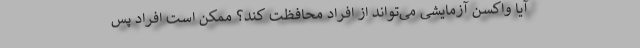
آیا واکسن آزمایشی می‌تواند از افراد محافظت کند؟ ممکن است افراد پس